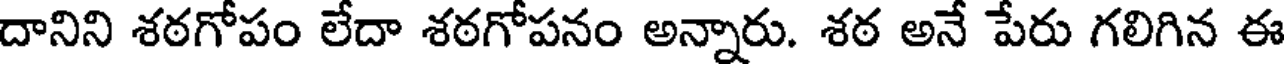
దానిని శఠగోపం లేదా శఠగోపనం అన్నారు. శఠ అనే పేరు గలిగిన ఈ